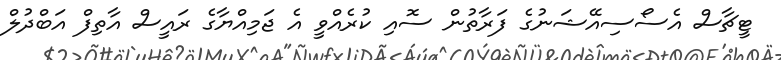
ޓީޗާސް އެސޯސިއޭޝަނުގެ ފަރާތުން ސޮއި ކުރެއްވީ އެ ޖަމިއްޔާގެ ރައީސް އާތިފް އަބްދުލް